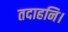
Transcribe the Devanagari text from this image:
तदाहनि।